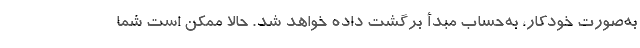
به‌صورت خودکار، به‌حساب مبدأ برگشت داده خواهد شد. حالا ممکن است شما